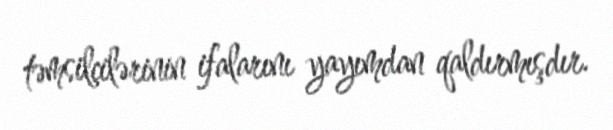
təmsilçilərinin ifalarını yayımdan qaldırmışdır.